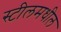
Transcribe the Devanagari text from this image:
स्टीलमधील